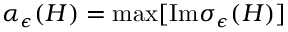
\alpha _ { \epsilon } ( H ) = \mathrm { m a x } [ \mathrm { I m } \sigma _ { \epsilon } ( H ) ]